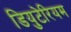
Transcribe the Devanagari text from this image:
डियुटेरियम